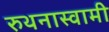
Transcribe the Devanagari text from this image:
रुथनास्वामी